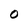
Character: O